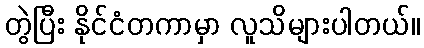
တွဲပြီး နိုင်ငံတကာမှာ လူသိများပါတယ်။